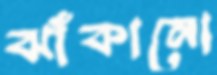
ঝাঁকানো